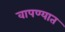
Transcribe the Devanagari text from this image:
वापण्यात